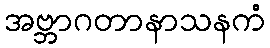
အဗ္ဘာဂတာနာသနကံ